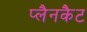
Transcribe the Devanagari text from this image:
प्लैनकैट